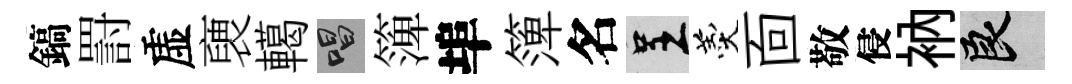
鎬罸虚褏轕唱𥱼埠𥱼名呈羹靣敬侵衲良